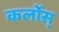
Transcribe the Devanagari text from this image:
कर्लोस्